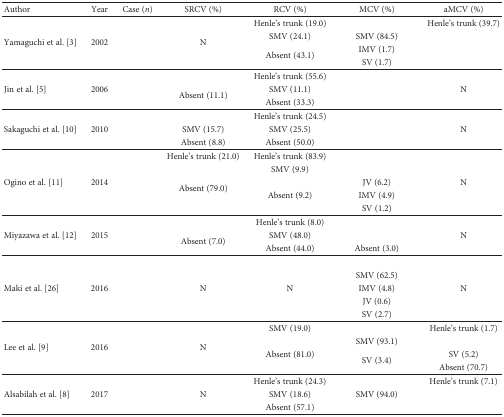
<table><thead><tr><td><b>Author</b></td><td><b>Year</b></td><td><b>Case (<i>n</i>)</b></td><td><b>SRCV (%)</b></td><td><b>RCV (%)</b></td><td><b>MCV (%)</b></td><td><b>aMCV (%)</b></td></tr></thead><tbody><tr><td rowspan="4">Yamaguchi et al. [3]</td><td rowspan="4">2002</td><td rowspan="4">[EMPTY_CELL]</td><td rowspan="4">N</td><td>Henle's trunk (19.0)</td><td>[EMPTY_CELL]</td><td>Henle's trunk (39.7)</td></tr><tr><td>SMV (24.1)</td><td>SMV (84.5)</td><td>[EMPTY_CELL]</td></tr><tr><td rowspan="2">Absent (43.1)</td><td>IMV (1.7)</td><td rowspan="2">[EMPTY_CELL]</td></tr><tr><td>SV (1.7)</td></tr><tr><td rowspan="3">Jin et al. [5]</td><td rowspan="3">2006</td><td rowspan="3">[EMPTY_CELL]</td><td>[EMPTY_CELL]</td><td>Henle's trunk (55.6)</td><td>[EMPTY_CELL]</td><td rowspan="3">N</td></tr><tr><td rowspan="2">Absent (11.1)</td><td>SMV (11.1)</td><td rowspan="2">[EMPTY_CELL]</td></tr><tr><td>Absent (33.3)</td></tr><tr><td rowspan="3">Sakaguchi et al. [10]</td><td rowspan="3">2010</td><td rowspan="3">[EMPTY_CELL]</td><td>[EMPTY_CELL]</td><td>Henle's trunk (24.5)</td><td>[EMPTY_CELL]</td><td rowspan="3">N</td></tr><tr><td>SMV (15.7)</td><td>SMV (25.5)</td><td rowspan="2">[EMPTY_CELL]</td></tr><tr><td>Absent (8.8)</td><td>Absent (50.0)</td></tr><tr><td rowspan="5">Ogino et al. [11]</td><td rowspan="5">2014</td><td rowspan="5">[EMPTY_CELL]</td><td>Henle's trunk (21.0)</td><td>Henle's trunk (83.9)</td><td>[EMPTY_CELL]</td><td rowspan="5">N</td></tr><tr><td rowspan="4">Absent (79.0)</td><td>SMV (9.9)</td><td>[EMPTY_CELL]</td></tr><tr><td rowspan="3">Absent (9.2)</td><td>JV (6.2)</td></tr><tr><td>IMV (4.9)</td></tr><tr><td>SV (1.2)</td></tr><tr><td rowspan="3">Miyazawa et al. [12]</td><td rowspan="3">2015</td><td rowspan="3">[EMPTY_CELL]</td><td>[EMPTY_CELL]</td><td>Henle's trunk (8.0)</td><td>[EMPTY_CELL]</td><td rowspan="3">N</td></tr><tr><td rowspan="2">Absent (7.0)</td><td>SMV (48.0)</td><td>[EMPTY_CELL]</td></tr><tr><td>Absent (44.0)</td><td>Absent (3.0)</td></tr><tr><td rowspan="5">Maki et al. [26]</td><td rowspan="5">2016</td><td rowspan="5">[EMPTY_CELL]</td><td rowspan="5">N</td><td rowspan="5">N</td><td>[EMPTY_CELL]</td><td rowspan="5">N</td></tr><tr><td>SMV (62.5)</td></tr><tr><td>IMV (4.8)</td></tr><tr><td>JV (0.6)</td></tr><tr><td>SV (2.7)</td></tr><tr><td rowspan="4">Lee et al. [9]</td><td rowspan="4">2016</td><td rowspan="4">[EMPTY_CELL]</td><td rowspan="4">N</td><td>SMV (19.0)</td><td>[EMPTY_CELL]</td><td>Henle's trunk (1.7)</td></tr><tr><td rowspan="3">Absent (81.0)</td><td>SMV (93.1)</td><td>[EMPTY_CELL]</td></tr><tr><td rowspan="2">SV (3.4)</td><td>SV (5.2)</td></tr><tr><td>Absent (70.7)</td></tr><tr><td rowspan="3">Alsabilah et al. [8]</td><td rowspan="3">2017</td><td rowspan="3">[EMPTY_CELL]</td><td rowspan="3">N</td><td>Henle's trunk (24.3)</td><td>[EMPTY_CELL]</td><td>Henle's trunk (7.1)</td></tr><tr><td>SMV (18.6)</td><td>SMV (94.0)</td><td>[EMPTY_CELL]</td></tr><tr><td>Absent (57.1)</td><td>[EMPTY_CELL]</td><td>[EMPTY_CELL]</td></tr></tbody></table>